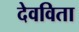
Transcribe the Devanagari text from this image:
देवविता